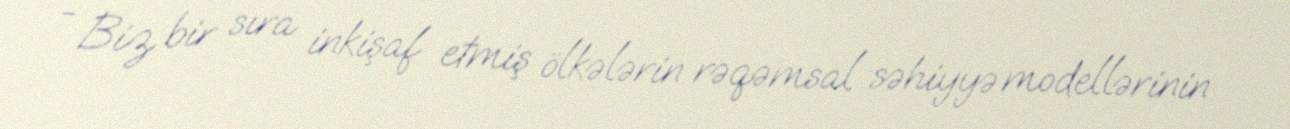
- Biz bir sıra inkişaf etmiş ölkələrin rəqəmsal səhiyyə modellərinin